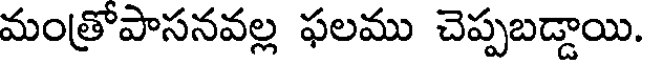
మంత్రోపాసనవల్ల ఫలము చెప్పబడ్డాయి.